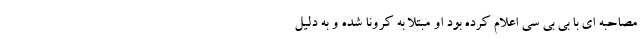
مصاحبه ای با بی بی سی اعلام کرده بود او مبتلا به کرونا شده و به دلیل